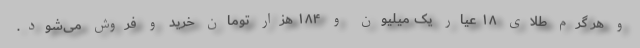
و هر گرم طلای ۱۸ عیار یک میلیون و ۱۸۴ هزار تومان خرید و فروش می‌شود.